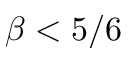
\beta < 5 / 6